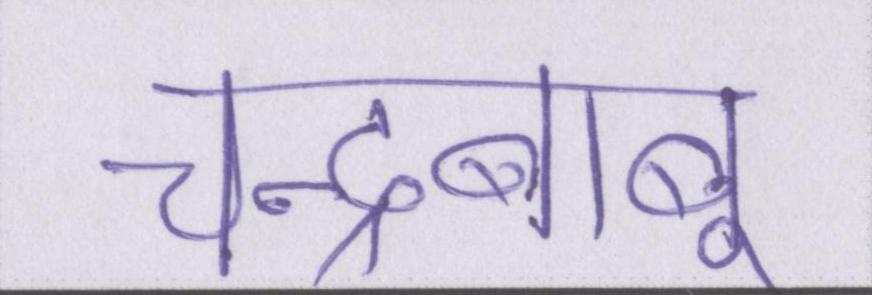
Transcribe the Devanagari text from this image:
चन्द्रबाबू